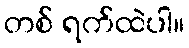
တစ် ရက်ထဲပါ။